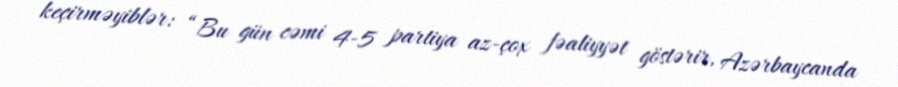
keçirməyiblər: “Bu gün cəmi 4-5 partiya az-çox fəaliyyət göstərir, Azərbaycanda